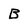
Character: B